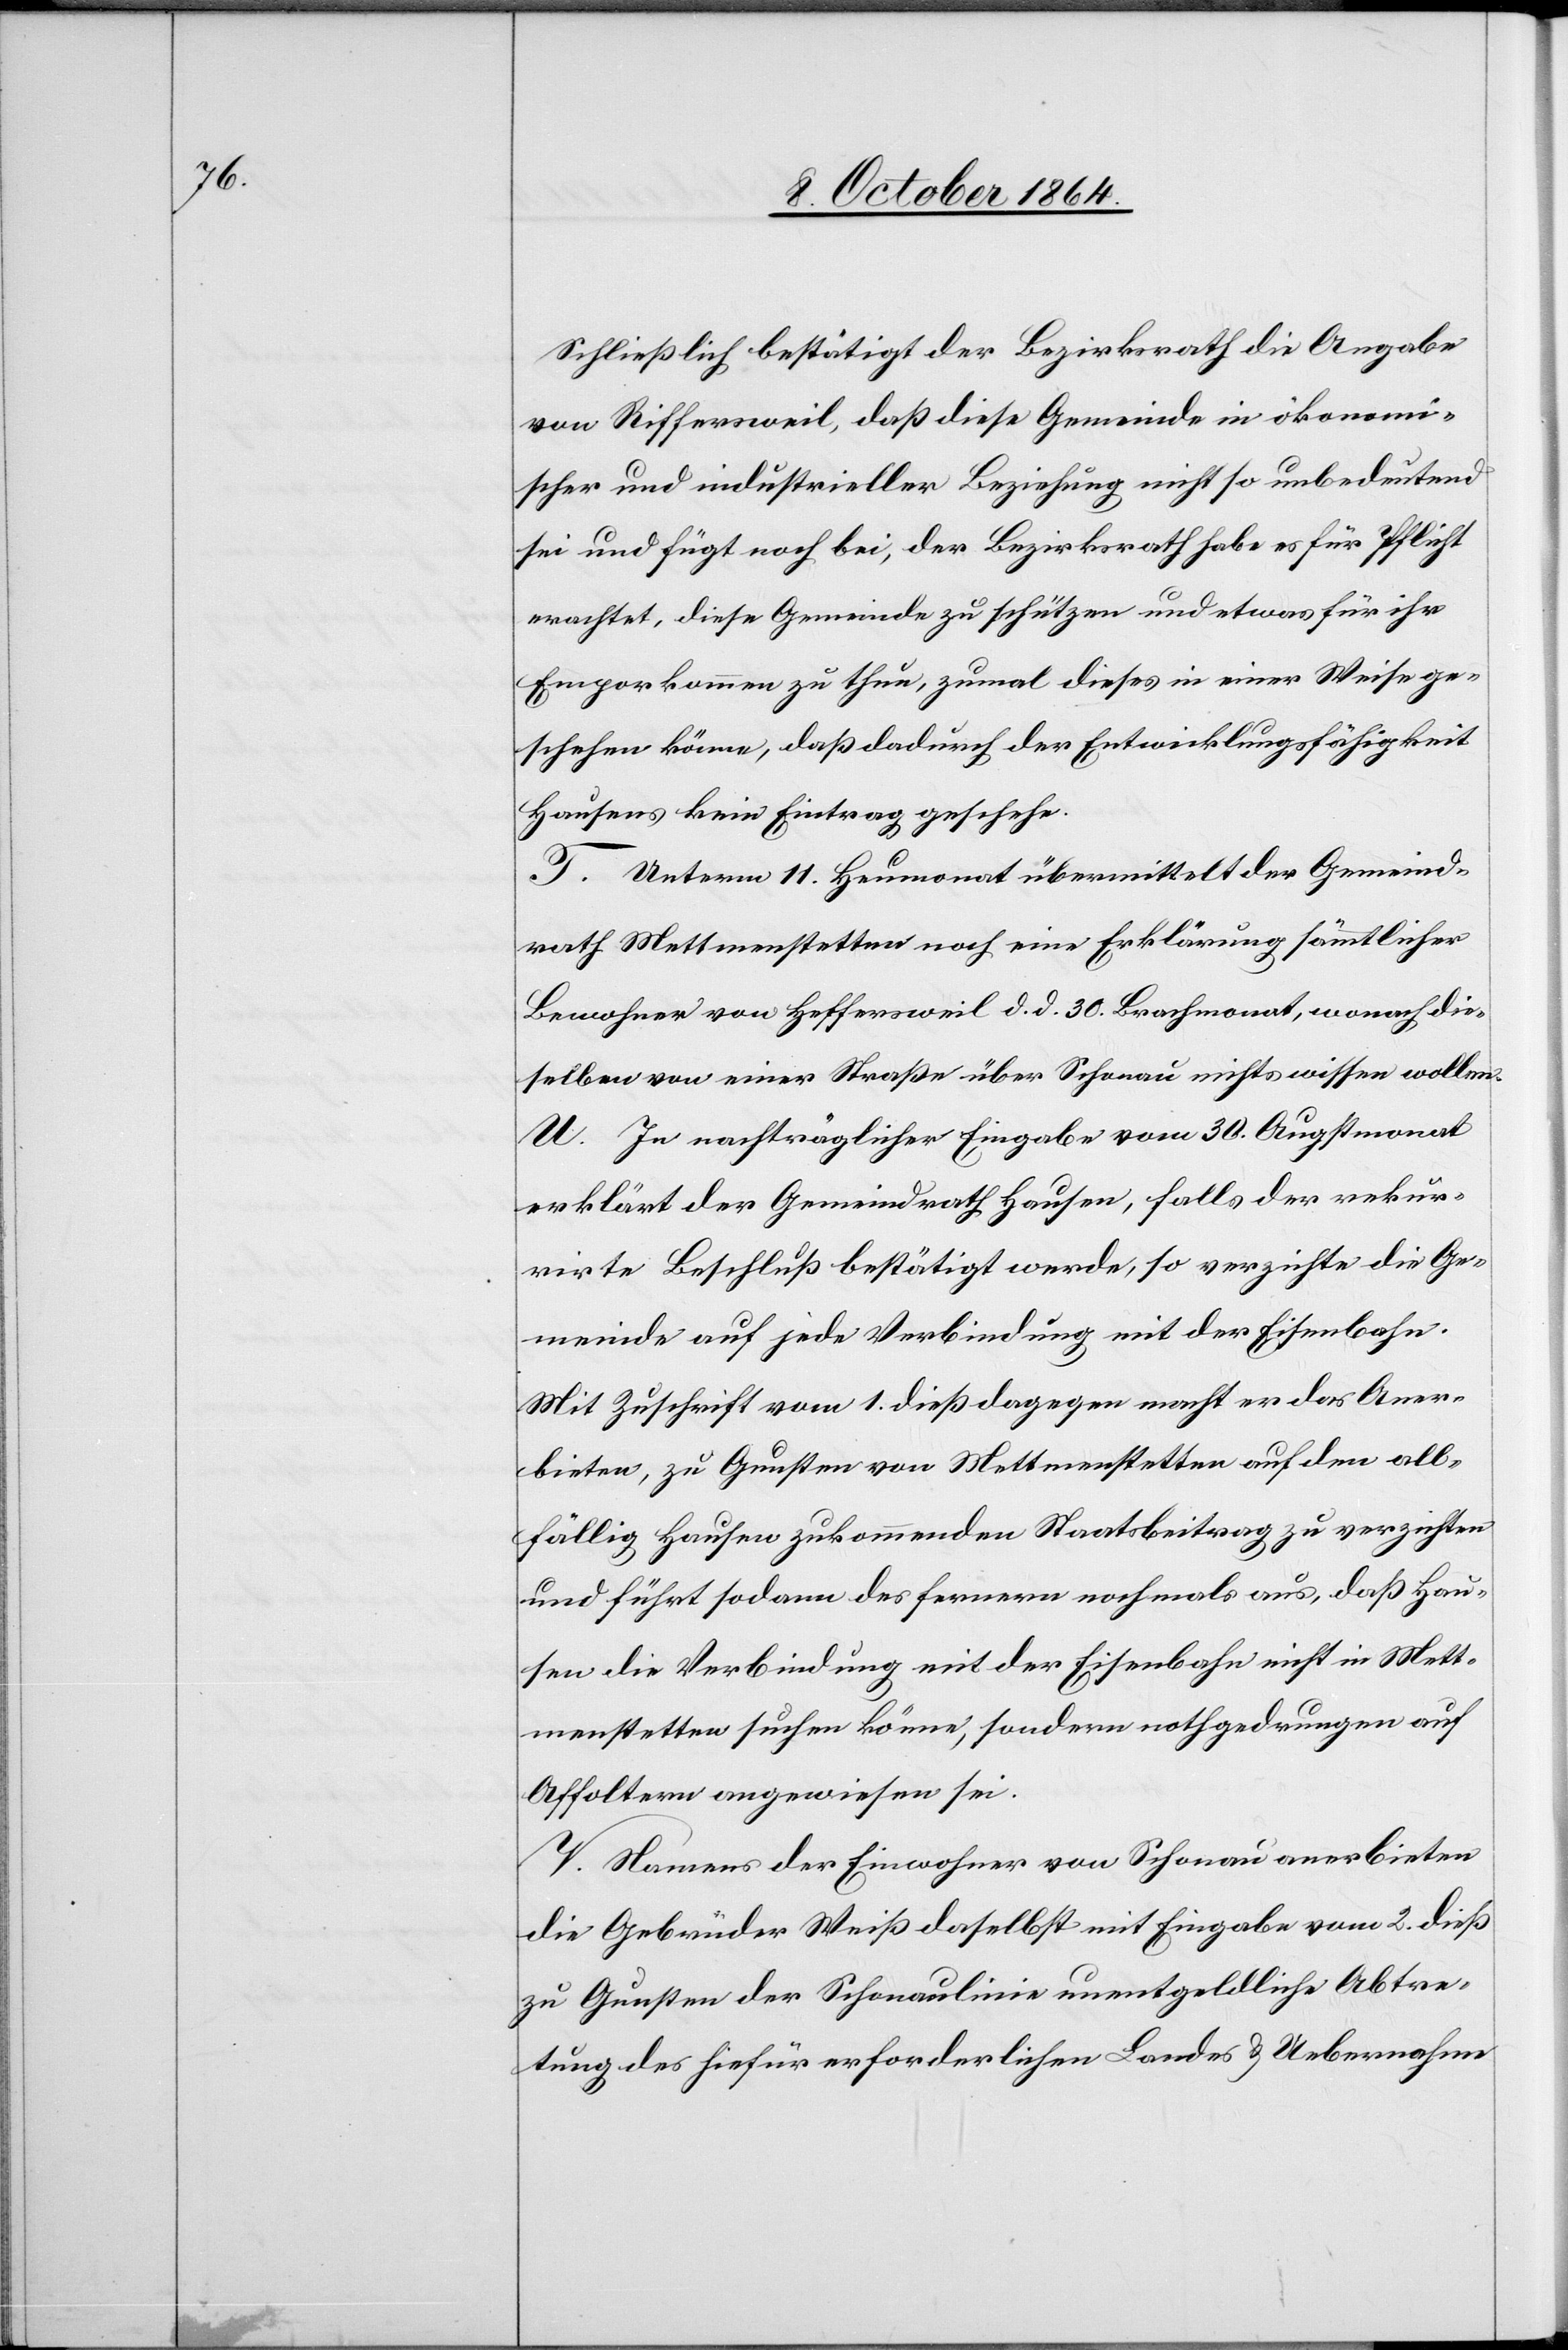
Schließlich bestätigt der Bezirksrath die Angabe
von Riffersweil, daß diese Gemeinde in ökonomi¬
scher und industrieller Beziehung nicht so unbedeutend
sei und fügt noch bei, der Bezirksrath habe es für Pflicht
erachtet, diese Gemeinde zu schützen und etwas für ihr
Emporkommen zu thun, zumal dieses in einer Weise ge¬
schehen könne, daß dadurch der Entwicklungsfähigkeit
Hausens kein Eintrag geschehe.
T. Unterm 11. Heumonat übermittelt der Gemeind¬
rath Mettmenstetten noch eine Erklärung sämmtlicher
Bewohner von Heffersweil d. d. 30. Brachmonat, wonach die¬
selben von einer Straße über Schonau nichts wissen wollen.
U. In nachträglicher Eingabe vom 30. Augstmonat
erklärt der Gemeindrath Hausen, falls der rekur¬
rirte Beschluß bestätigt werde, so verzichte die Ge¬
meinde auf jede Verbindung mit der Eisenbahn.
Mit Zuschrift vom 1. dieß dagegen macht er das Aner¬
bieten, zu Gunsten von Mettmenstetten auf den all¬
fällig Hausen zukommenden Staatsbeitrag zu verzichten
und führt sodann des Fernern nochmals aus, daß Hau¬
sen die Verbindung mit der Eisenbahn nicht in Mett¬
menstetten suchen könne, sondern nothgedrungen auf
Affoltern angewiesen sei.
V. Namens der Einwohner von Schonau anerbieten
die Gebrüder Weiß daselbst mit Eingabe vom 2. dieß
zu Gunsten der Schonaulinie unentgeldliche Abtre¬
tung des hiefür erforderlichen Landes & Uebernahme